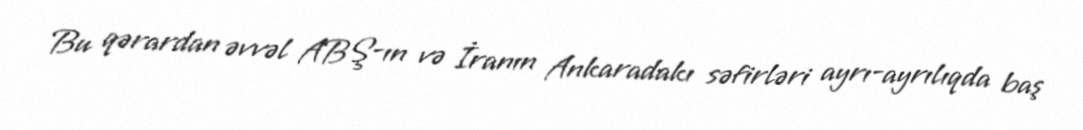
Bu qərardan əvvəl ABŞ-ın və İranın Ankaradakı səfirləri ayrı-ayrılıqda baş